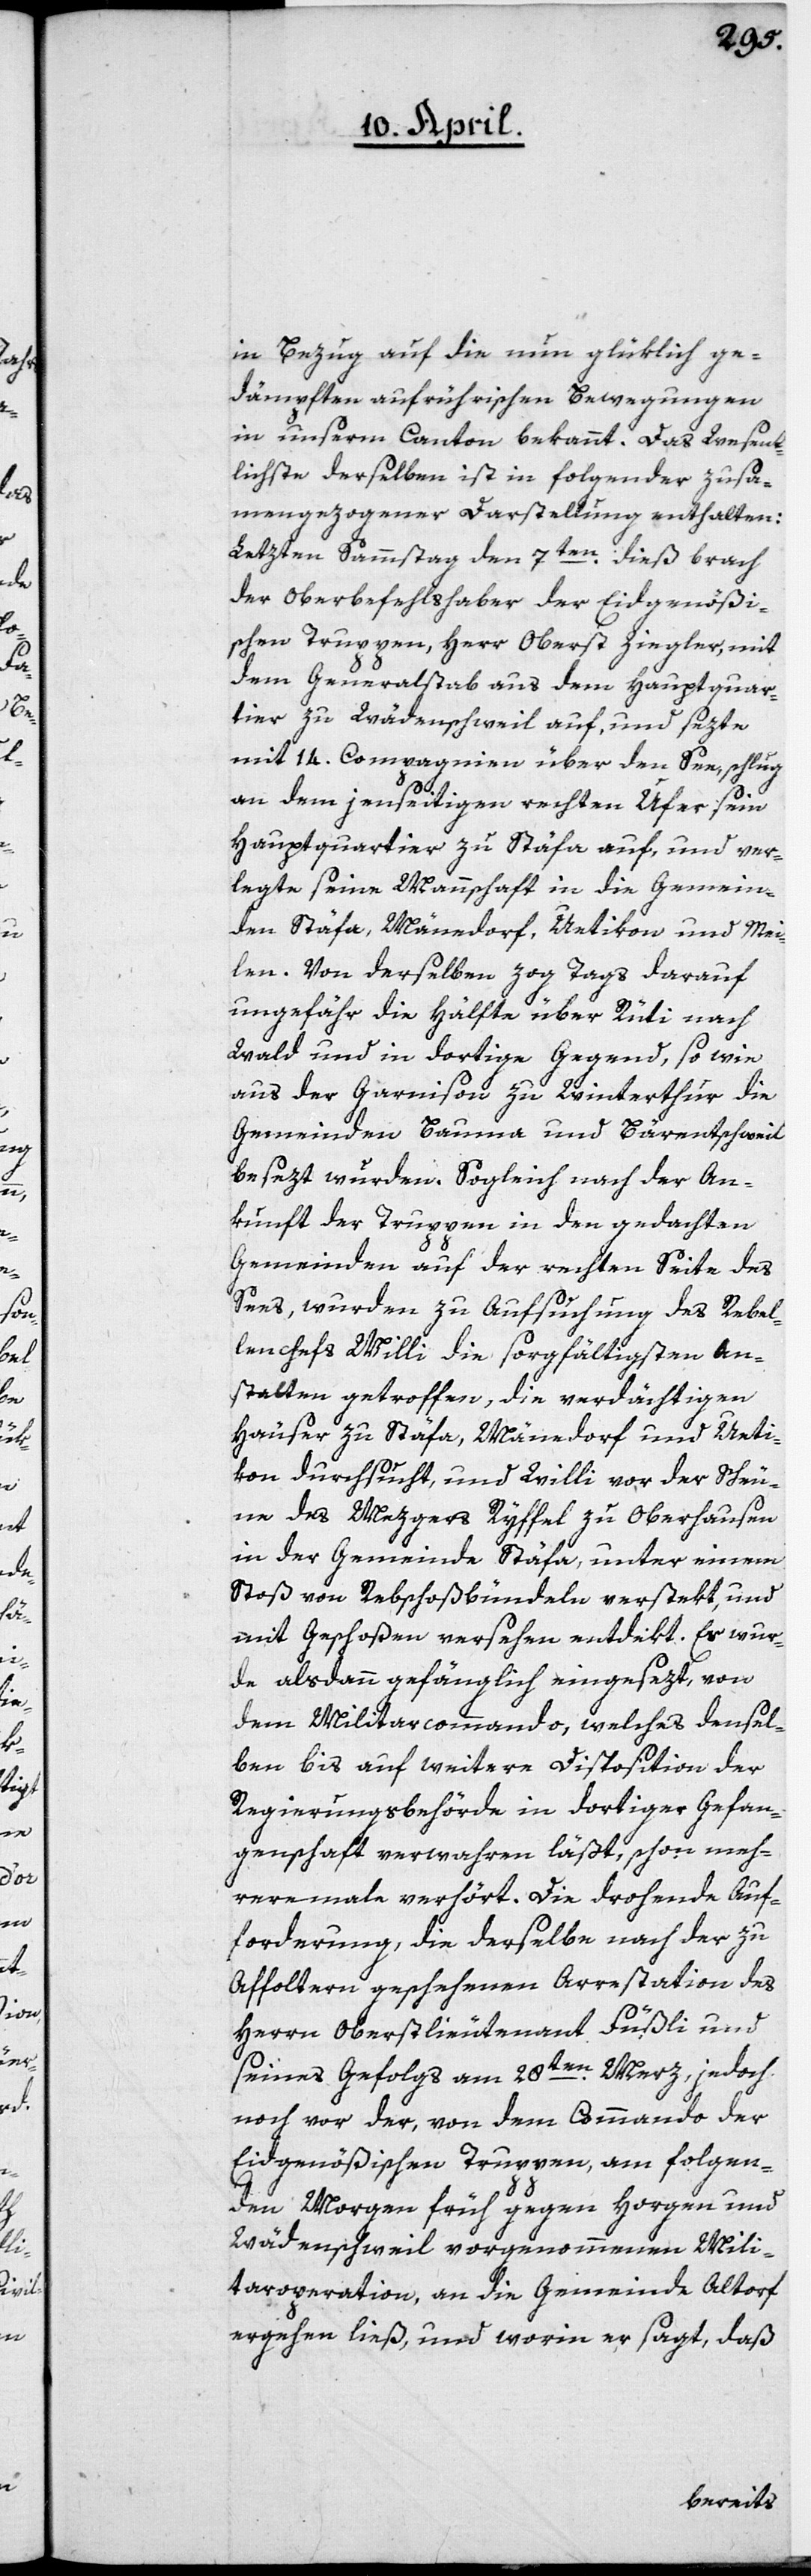
in Bezug auf die nun glüklich ge¬
dämpften aufrührischen Bewegungen
in unserm Canton bekannt. Das Wesent¬
lichste derselben ist in folgender zusam¬
mengezogener Darstellung enthalten:
Letzten Sammstag den 7ten dieß brach
der Oberbefehlshaber der Eidgenößi¬
schen Truppen, Herr Oberst Ziegler, mit
dem Generalstab aus dem Hauptquar¬
tier zu Wädenschweil auf, und sezte
mit 14. Compagnien über den See, schlug
an dem jenseitigen rechten Ufer sein
Hauptquartier zu Stäfa auf, und ver¬
legte seine Mannschaft in die Gemein¬
den Stäfa, Männedorf, Uetikon und Mei¬
len. Von derselben zog Tags darauf
ungefähr die Hälfte über Rüti nach
Wald und in dortige Gegend, so wie
aus der Garnison zu Winterthur die
Gemeinden Bauma und Bärentschweil
besezt wurden. Sogleich nach der An¬
kunft der Truppen in den gedachten
Gemeinden auf der rechten Seite des
Sees, wurden zu Aufsuchung des Rebel¬
lenchefs Willi die sorgfältigsten An¬
stalten getroffen, die verdächtigen
Häuser zu Stäfa, Männedorf und Ueti¬
kon durchsucht, und Willi vor der Scheu¬
ne des Metzgers Ryffel zu Oberhausen
in der Gemeinde Stäfa, unter einem
Stoß von Rebschoßbündeln verstekt, und
mit Geschoßen versehen, entdekt. Er wur¬
de alsdann gefänglich eingesezt, von
dem Militarcommando, welches densel¬
ben bis auf weitere Disposition der
Regierungsbehörde in dortiger Gefan¬
genschaft verwahren läßt, schon meh¬
rere male verhört. Die drohende Auf¬
forderung, die derselbe nach der zu
Affoltern geschehenen Arrestation des
Herrn Oberstlieutenant Füßli und
seines Gefolgs am 28ten Merz, jedoch
noch vor der, von dem Commando der
Eidgenößischen Truppen, am folgen¬
den Morgen früh gegen Horgen und
Wädenschweil vorgenommenen Mili¬
taroperation, an die Gemeinde Altdorf
ergehen ließ, und worin er sagt, daß